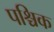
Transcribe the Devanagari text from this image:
पश्चिक